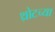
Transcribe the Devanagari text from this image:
थ्रोटच्या